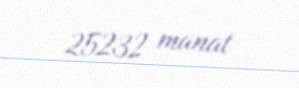
25232 manat